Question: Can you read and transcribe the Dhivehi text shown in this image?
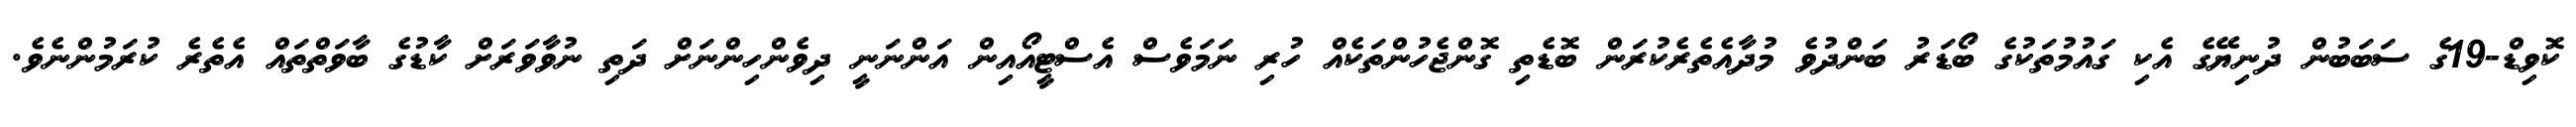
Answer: ކޮވިޑް-19ގެ ސަބަބުން ދުނިޔޭގެ އެކި ގައުމުތަކުގެ ބޯޑަރު ބަންދުވެ މުދާއެތެރެކުރަން ބޮޑެތި ގޮންޖެހުންތަކެއް ހުރި ނަމަވެސް އެސްޓީއޯއިން އަންނަނީ ދިވެންހިންނަށް ދަތި ނުވާވަރަށް ކާޑުގެ ބާވަތްތައް އެތެރެ ކުރަމުންނެވެ.